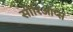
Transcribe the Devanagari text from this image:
सीरिऑप्स